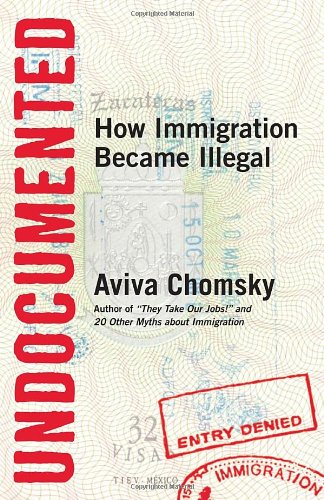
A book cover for Undocumented: How Immigration Became Illegal; Aviva Chomsky; Law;